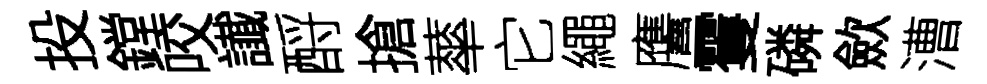
投鏜咬䜟酹搶蕐它繩譍䨥磷歛漕